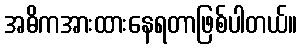
အဓိကအားထားနေရတာဖြစ်ပါတယ်။